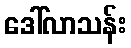
ဒေါ်လာသန်း